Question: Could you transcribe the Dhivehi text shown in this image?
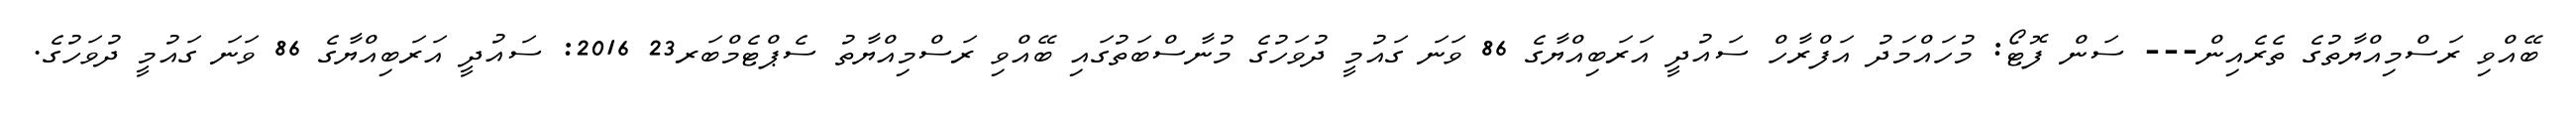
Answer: ބޭއްވި ރަސްމިއްޔާތުގެ ތެރެއިން--- ސަން ފޮޓޯ: މުހައްމަދު އަފްރާހް ސައުދީ އަރަބިއްޔާގެ 86 ވަނަ ގައުމީ ދުވަހުގެ މުނާސްބަތުގައި ބޭއްވި ރަސްމިއްޔާތު ސެޕްޓެމްބަރ23 2016: ސައުދީ އަރަބިއްޔާގެ 86 ވަނަ ގައުމީ ދުވަހުގެ.